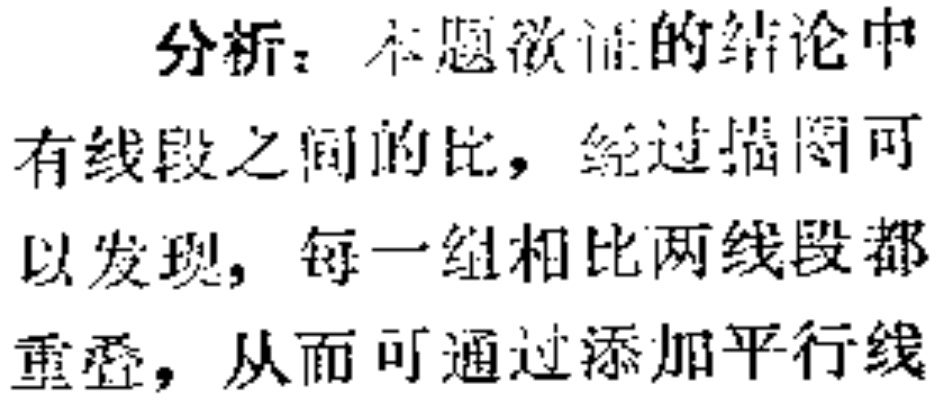
分析：本题欲证的结论中
有线段之间的比，经过描图可
以发现，每一组相比两线段都
重叠，从而可通过添加平行线